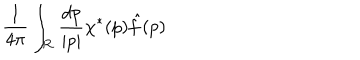
{ \frac { 1 } { 4 \pi } } \int _ { \cal R } { \frac { d p } { | p | } } \chi ^ { * } ( p ) { \hat { f } } ( p )